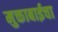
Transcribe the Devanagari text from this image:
मुक्ताबाईचा